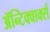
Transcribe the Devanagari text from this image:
ॲन्टिक्वार्क्स